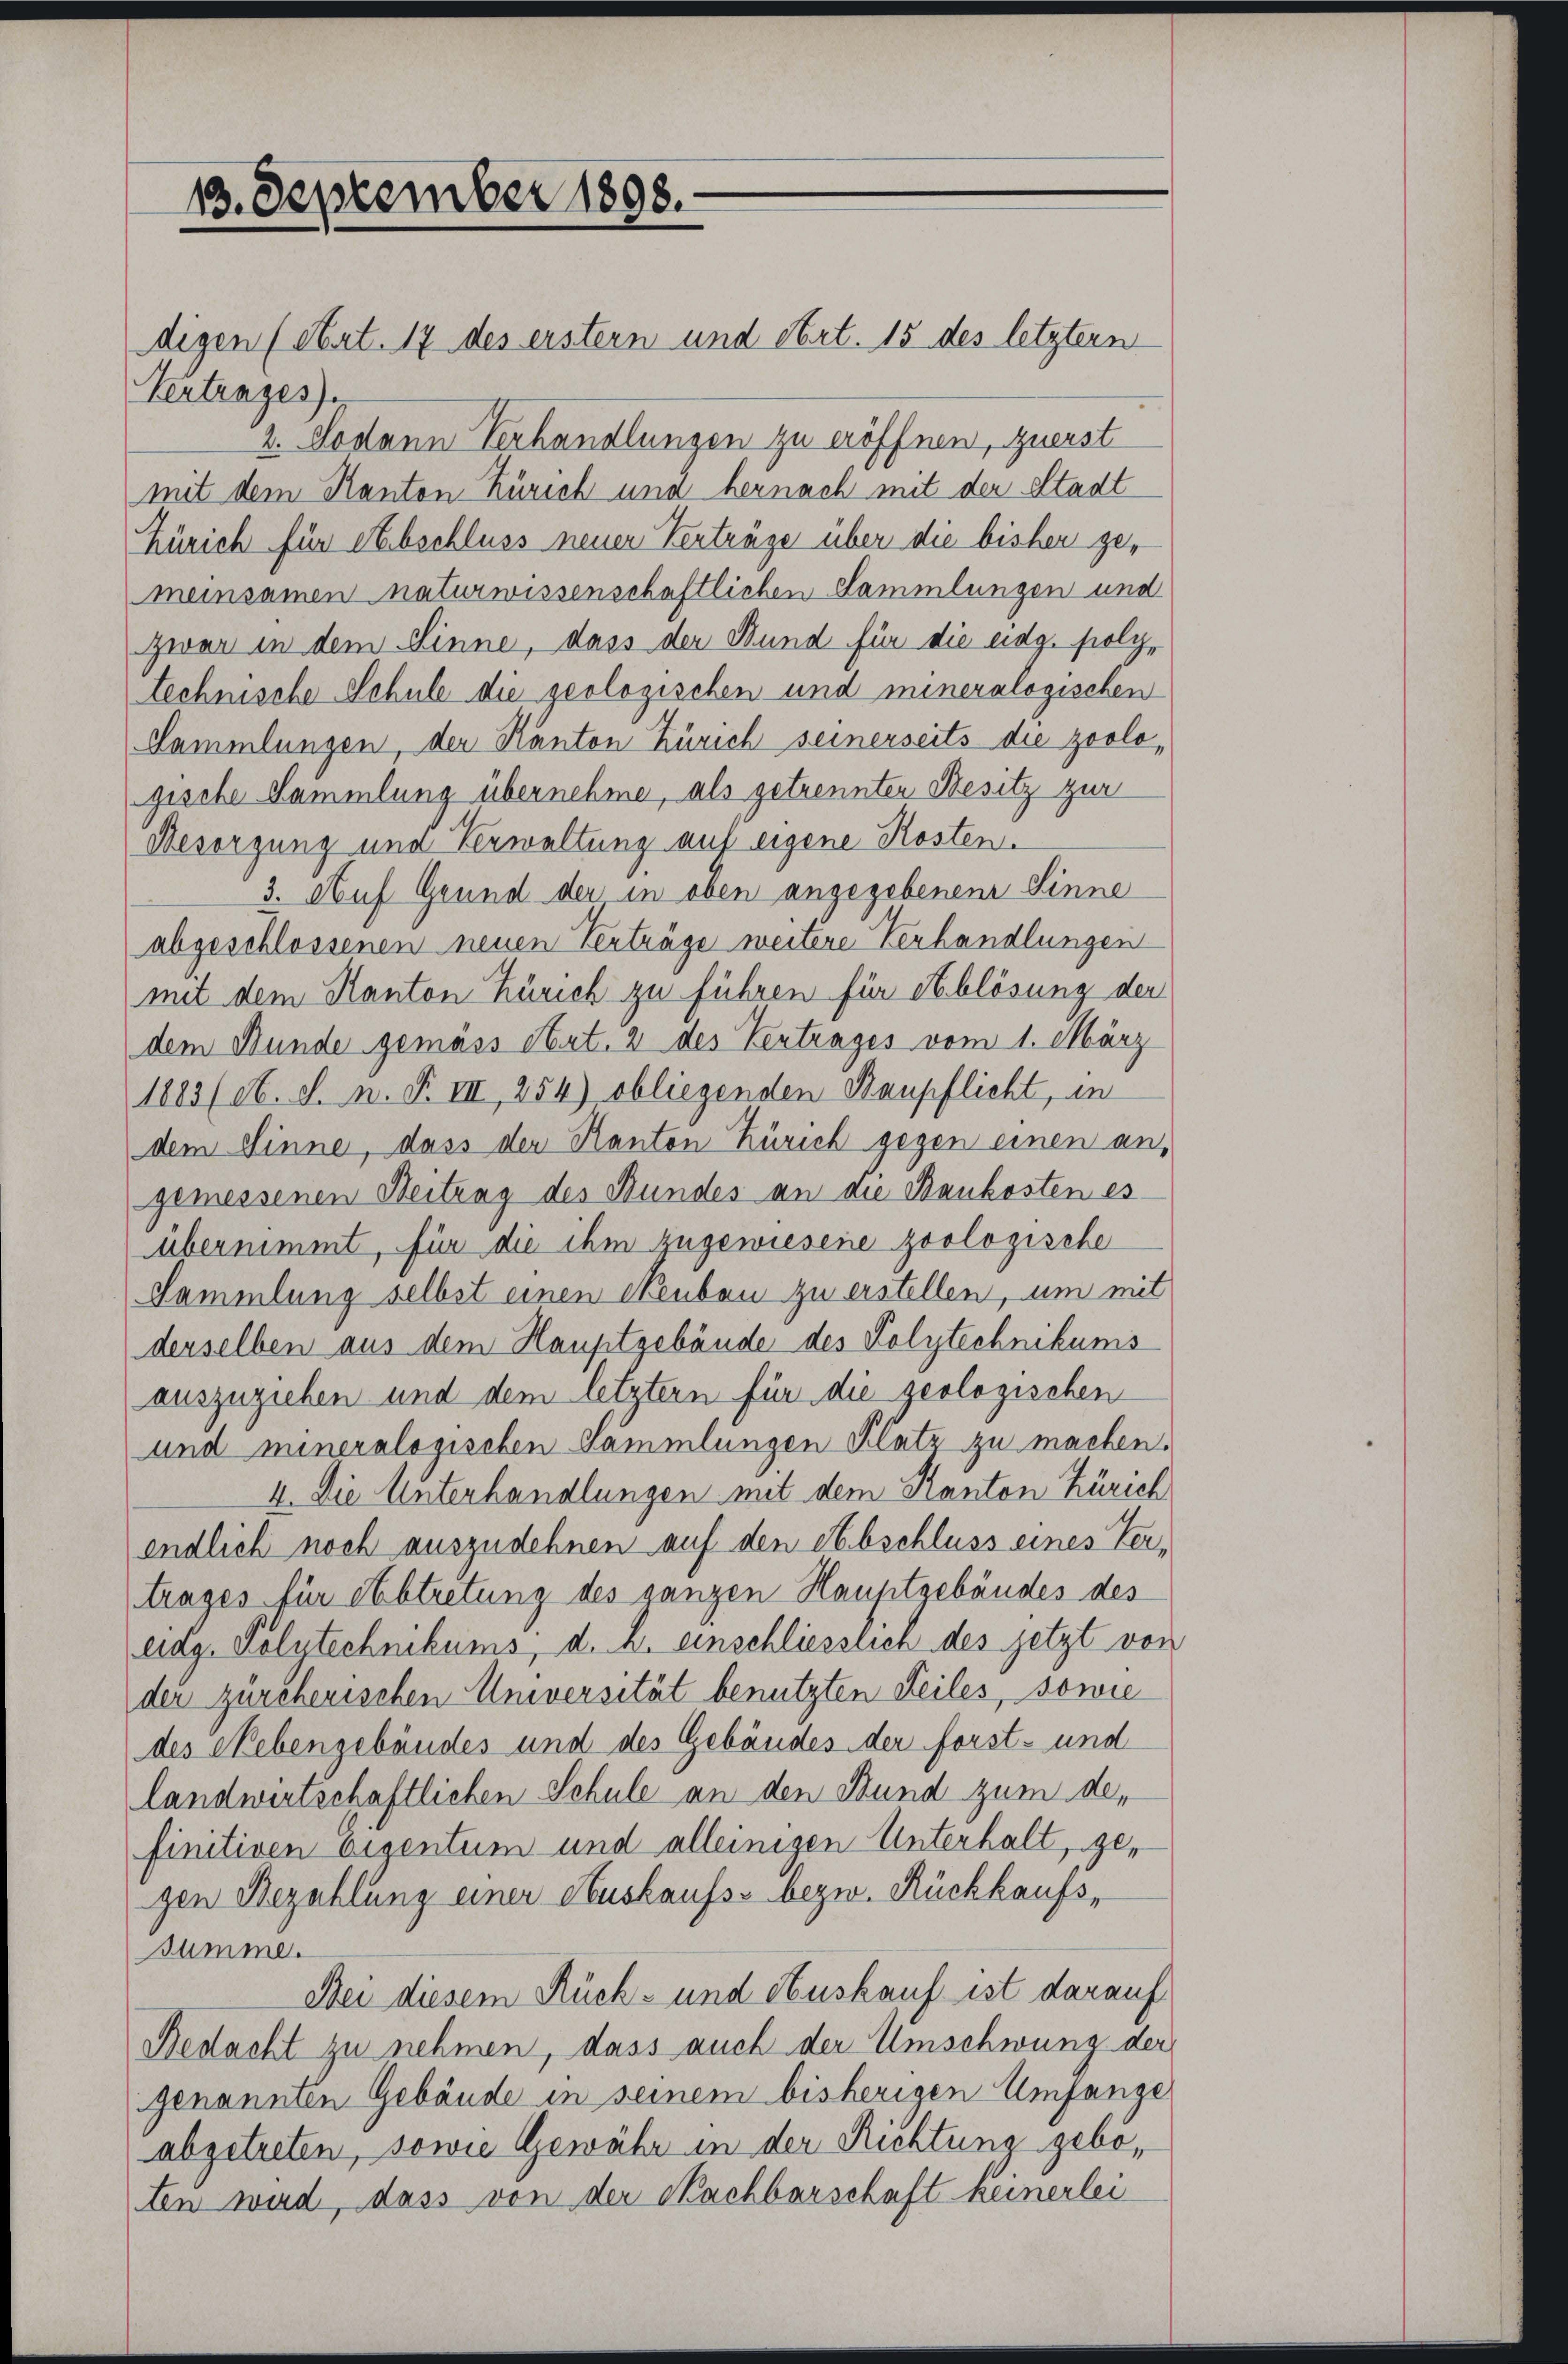
13. September 1898.

digen (Art. 17 des erstern und Art. 15 des letztern
Vertrages).
2. Sodann Verhandlungen zu eröffnen, zuerst
mit dem Kanton Zürich und hernach mit der Stadt
Zürich für Abschluss neuer Verträge über die bisher gemeinsamen naturwissenschaftlichen Sammlungen und
zwar in dem Sinne, dass der Bund für die eidg. polytechnische Schule die geologischen und meneralogischen
Sammlungen, der Kanton Zürich seinerseits die zoolo,
gische Sammlung übernehme, als getrennten Besitz zur
Besorgung und Verwaltung auf eigene Kosten.
3. Auf Grund der in oben angegebenen Sinne
abgeschlossenen neuen Verträge weitere Verhandlungen
mit dem Kanton Zürich zu führen für Ablösung der
dem Bunde gemäss obert. 2 des Vertrages vom 1. März
1883 (et. d. n. F. III, 254) obliegenden Baupflicht, in
dem Sinne, dass der Kanton Zürich gegen einen an,
gemessenen Reitung des Bundes an die Baukosten es
übernimmt, für die ihm zugewiesene zoologische
Sammlung selbst einen Neuben zu erstellen, um mit
derselben aus dem Hauptgebäude des Polytechnikums
auszuziehen und dem letztern für die geologischen
und mineralogischen Sammlungen Platz zu machen.
I. Die Unterhandlungen mit dem Kanton Zürich
endlich noch auszudehnen auf den Abschluss eines Vertrages für Abtretung des ganzen Hauptgebäudes des
eidg. Polytechnikums, d. h. einschliesslich des jetzt von
der zürcherischen Universität benutzten Teiles, sowie
des Nebengebäudes und des Gebäudes der forst- und
landwirtschaftlichen Schule an den Bund zum definitiven Eigentum und alleinigen Unterhalt, gegen Bezahlung einer Auskaufs- bezw. Rückkaufs¬
Summe.
Bei diesem Rück- und Auskauf ist darauf
Bedacht zu nehmen, dass auch der Umschwung der
genannten Gebäude in seinem bisherigen Umfange
abgetreten, sowie Gewähr in der Richtung geboten wird, dass von der Nachbarschaft keinerlei